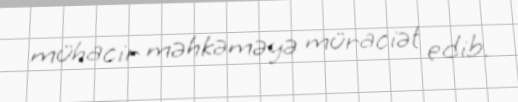
mühacir məhkəməyə müraciət edib.